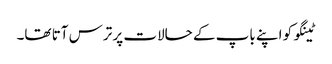
ٹینگو کو اپنے باپ کے حالات پر ترس آتا تھا۔